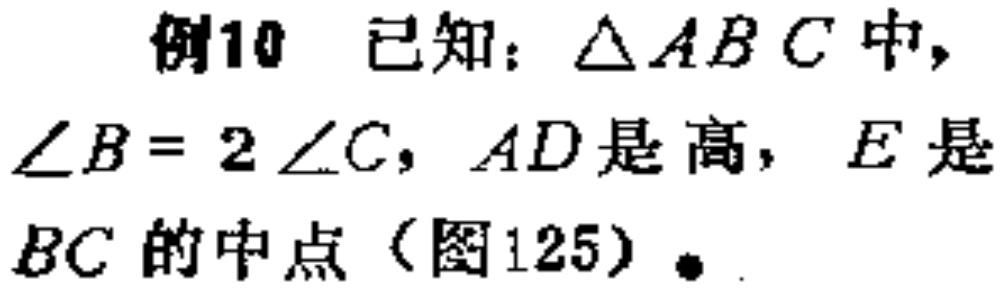
例10 已知：$\triangle ABC$中，$\angle B = 2\angle C$，$AD$是高，$E$是$BC$的中点（图125）.